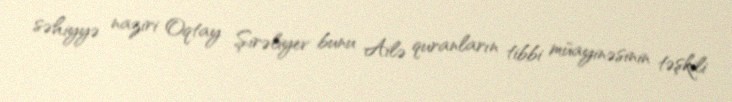
səhiyyə naziri Oqtay Şirəliyev bunu Ailə quranların tibbi müayinəsinin təşkili